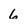
Character: 6